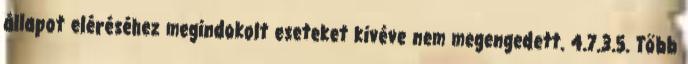
állapot eléréséhez megindokolt eseteket kivéve nem megengedett. 4.7.3.5. Több